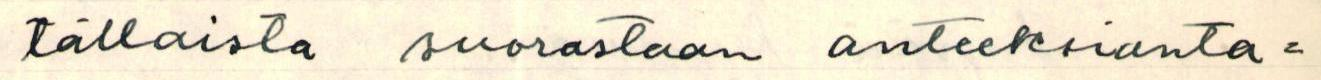
tällaista suorastaan anteeksianta=